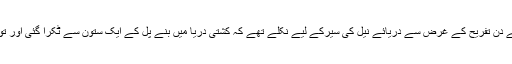
تفصیلات کے مطابق پاکستان سے تعلق رکھنے والے تین خاندان کے دس افراد عید کے دن تفریح کے غرض سے دریائے نیل کی سیرکے لیے نکلے تھے کہ کشتی دریا میں بنے پل کے ایک ستون سے ٹکرا گئی اور توازن برقرار نہ رکھ سکی جس کے باعث کشتی میں سوار 10 افراد دریا میں جا گرے۔